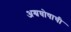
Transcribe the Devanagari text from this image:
अश्वघोषाची